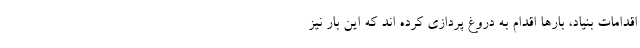
اقدامات بنیاد، بارها اقدام به دروغ پردازی کرده اند که این بار نیز